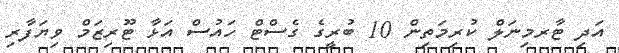
އަދި ޓާރމިނަލް ކުރިމަތިން 10 ބުރީގެ ގެސްޓް ހައުސް އަޅާ ޓޫރިޒަމް ވިޔަފާރި